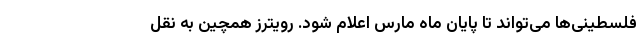
فلسطینی‌ها می‌تواند تا پایان ماه مارس اعلام شود. رویترز همچین به نقل